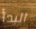
البدأ